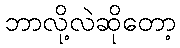
ဘာလို့လဲဆိုတော့